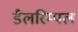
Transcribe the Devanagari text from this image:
डैलरिम्पल